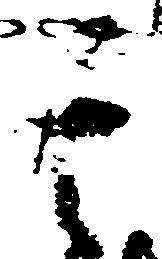
其